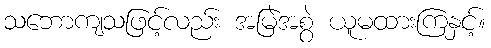
သဘောကျသဖြင့်လည်း အမြဲအစွဲ ယူမထားကြနှင့်။